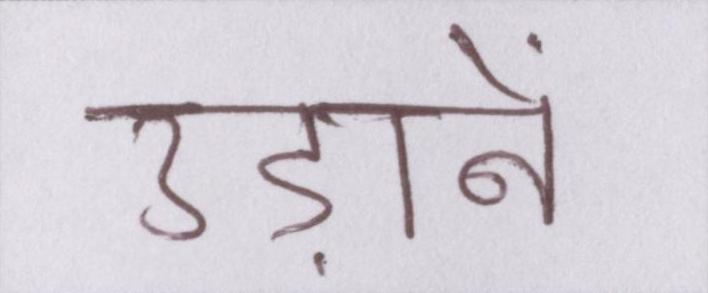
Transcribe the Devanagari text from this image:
उड़ानें